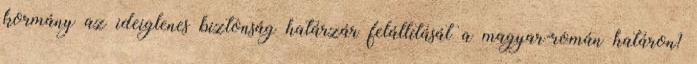
kormány az ideiglenes biztonság határzár felállítását a magyar-román határon?